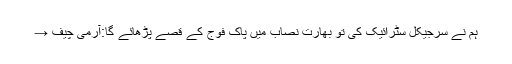
ہم نے سرجیکل سٹرائیک کی تو بھارت نصاب میں پاک فوج کے قصے پڑھائے گا:آرمی چیف →